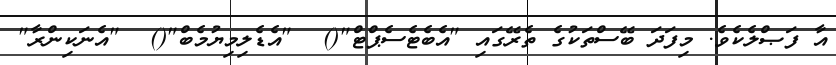
އާ ފަޞްލެކެވެ. މިފަދަ ބޭސްތަކުގެ ތެރޭގައި "އެބެޓެސެޕްޓް"()  "އެޑެލިމިޔުމެބް"()  "އެނަކިންރާ"